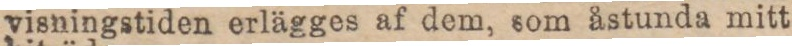
visningstiden erlägges af dem, som åstunda mitt